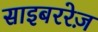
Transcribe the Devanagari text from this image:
साइबररेज़